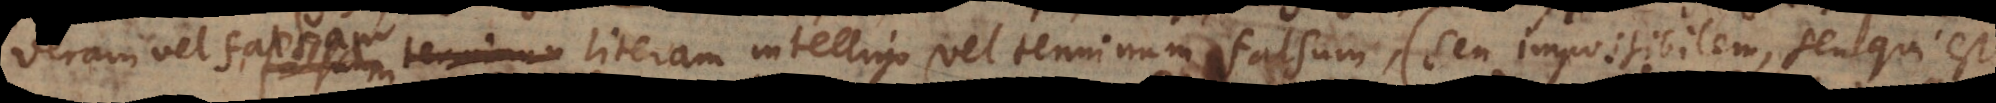
vera. Per falsam literam intelligo vel terminum falsum (seu impossibilem, seu qui est